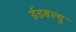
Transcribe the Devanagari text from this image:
ईडबल्यू